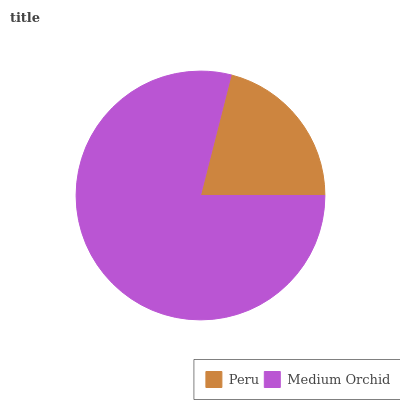
| Peru | Medium Orchid |
 | --- | --- |
 | 21% | 79% |